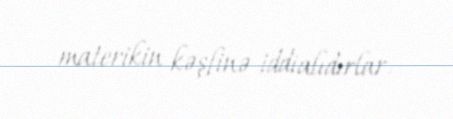
materikin kəşfinə iddialıdırlar.